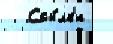
   Ссы́лк'и